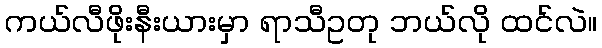
ကယ်လီဖိုးနီးယားမှာ ရာသီဥတု ဘယ်လို ထင်လဲ။